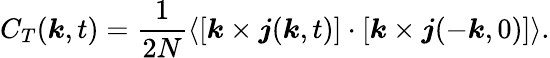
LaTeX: C_{T}(\boldsymbol{k},t)=\frac{1}{2N}\langle[\boldsymbol{k}\times\boldsymbol{j}(\boldsymbol{k},t)]\cdot[\boldsymbol{k}\times\boldsymbol{j}(-\boldsymbol{k},0)]\rangle.